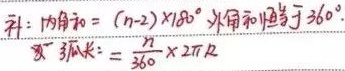
科：内角和\(=(n - 2)\times180^{\circ}\)，外角和恒等于\(360^{\circ}\)。弧长\(l=\frac{n^{\circ}}{360}\times2\pi R\)